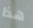
هذا